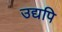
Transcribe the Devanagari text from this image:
उद्यपि